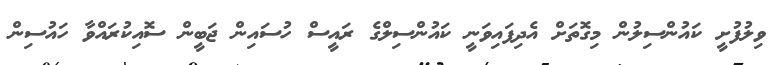
ވިލުފުށީ ކައުންސިލުން މިގޮތަށް އެދިފައިވަނީ ކައުންސިލްގެ ރައީސް ހުސައިން ޖަބީން ސޮއިކުރައްވާ ހައުސިން